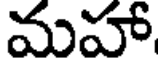
మహా